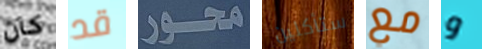
كان قد محور ستأكلين مع و